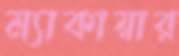
ম্যাকায়ার